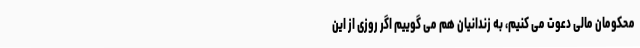
محکومان مالی دعوت می کنیم، به زندانیان هم می گوییم اگر روزی از این